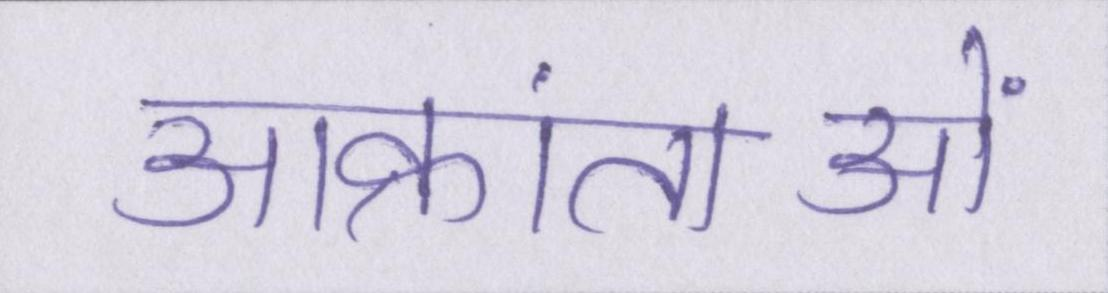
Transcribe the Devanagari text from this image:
आक्रांताओं